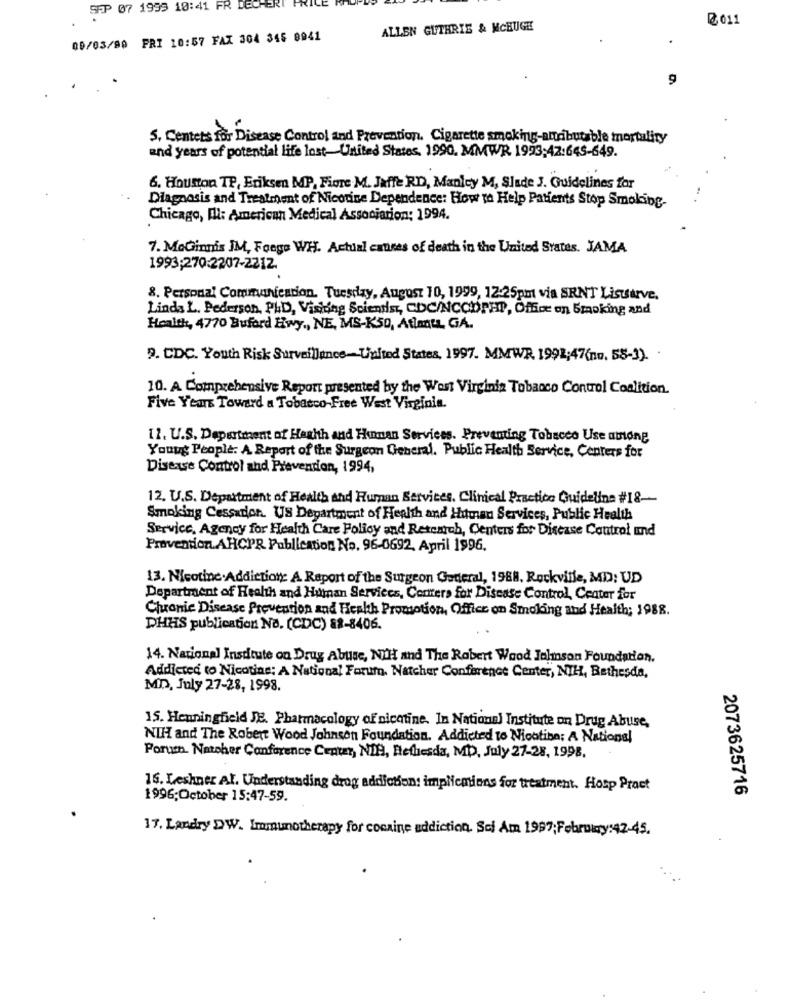
SEP 07 1999 10:41 FR DECHERT FRI
@011
ALLEN GUTHRIE & MCHUGE
00/03/90 FRI 10:57 FAX 304 345 8941
9
S. Centers for Disease Control and Prevention. Cigarette smoking-attributable mortality
and years of potential life lost-United States, 1990, MMWR 1993;42:645-649.
6. Houston TP, Eriksen MP, Fiore M. Jaffe RD, Manley M, Slade J. Guidelines for
Diagnosis and Treatment of Nicotine Dependence: How to Help Patients Stop Smoking-
Chicago, Il: American Medical Association: 1994.
7. MoGinnis IM, Foege WH. Actual causes of death in the United States. JAMA
1993;270:2207-2212
8. Personal Communication. Tuesday, August 10, 1999, 12:25pm via SRNT Listsirve.
Linda L. Pederson, PAD, Visiting Scientist, CDC/NCODPHP, Office on Smoking and
Health, 4770 Buford Hwy ., NE, MS-K50, Atinu, GA.
9. CDC. Youth Risk Surveillance-United States, 1997. MMWR. 1992;47(no. 58-3). .
10. A Comprehensive Report presented by the West Virginia Tobacco Control Coalition.
Five Years Toward a Tobacco-Free West Virginia.
12. U.S. Department of Health and Human Services. Preventing Tobacco Use among
Young People: A. Report of the Surgeon General. Public Health Service, Centers for
Disease Control and Prevention, 1994,
12. U.S. Department of Health and Human Services, Clinical Practice Guideline #18 --
Smoking Cessation. US Department of Health and Human Services, Public Health
Service, Agency for Health Care Policy and Retench, Centers for Disease Control and
Prevention AHCPR Publication No. 96-0692. April 1996.
13. Nicotine.Addiction: A Report of the Surgeon General, 1988, Rockville, MD: UD
Department of Health and Human Services, Centers for Disease Control, Center for
Chronic Disease Prevention and Health Promotion, Office on Smoking and Health; 1988.
DHHS publication Na. (CDC) 88-8406.
14. National Institute on Drug Abuse, NIH and The Robert Wood Jalmson Foundation.
Addicted to Nicotine: A National Forum. Natcher Conference Center, NIH, Bethesda,
MD, July 27-28, 1998.
15. Henningfield JE. Pharmacology of nicotine. In National Institute on Drug Abuse,
NIH and The Robert Wood Johnson Foundation. Addicted to Nicotina; A National
Porus. Natoher Conference Center, NIB, Reflesda, MD, July 27-28, 1998,
16. Leshner Al. Understanding drog addiction: implications for treatment. Hosp Pract
2073625716
1996;October 15:47-59.
17. Landry >>W. Immunotherapy for cocaine addiction. Sci Am 1997;February:42-45.